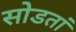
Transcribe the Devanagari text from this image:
सोडतां